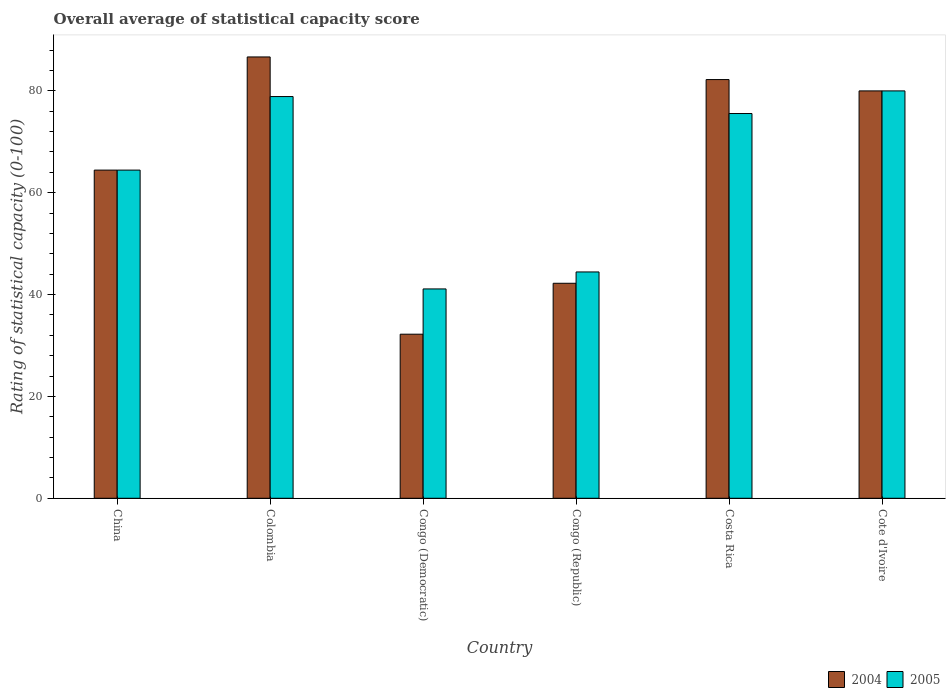
| Country | 2004 | 2005 |
 | --- | --- | --- |
 | China | 64.4 | 64.4 |
 | Colombia | 86.7 | 78.9 |
 | Congo (Democratic) | 32.2 | 41.1 |
 | Congo (Republic) | 42.2 | 44.4 |
 | Costa Rica | 82.2 | 75.6 |
 | Cote d'Ivoire | 80 | 80 |